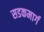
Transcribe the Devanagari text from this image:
सडकमार्ग